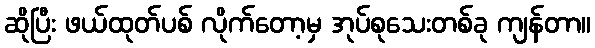
ဆိုပြီး ဖယ်ထုတ်ပစ် လိုက်တော့မှ အုပ်စုသေးတစ်ခု ကျန်တာ။